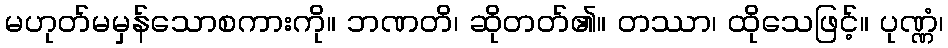
မဟုတ်မမှန်သောစကားကို။ ဘဏတိ၊ ဆိုတတ်၏။ တဿာ၊ ထိုသေဖြင့်။ ပုဏ္ဏံ၊